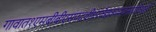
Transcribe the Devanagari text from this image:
गावात१एमबीबीएसपदवीधरवैद्यकव्यवसायीआहे